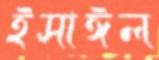
ইসাঈল